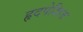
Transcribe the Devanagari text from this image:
हृदपेशिज